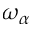
\omega _ { \alpha }